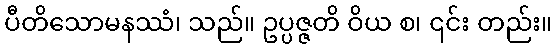
ပီတိသောမနဿံ၊ သည်။ ဥပ္ပဇ္ဇတိ ဝိယ စ၊ ၎င်း တည်း။